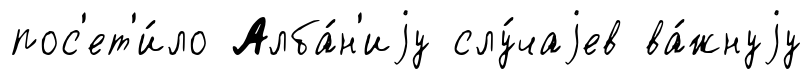
пос'ет'и́ло Алба́н'иjу слу́чаjев ва́жнуjу